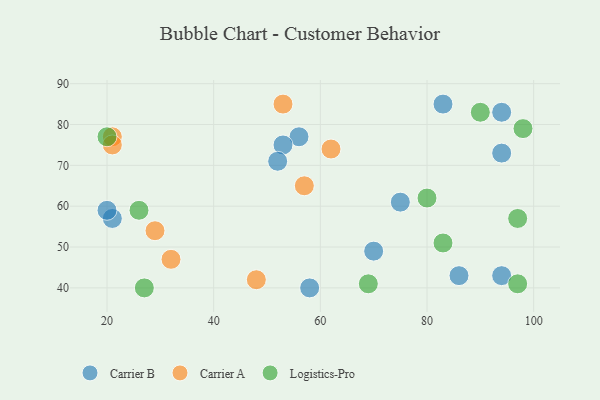
{"axis": {"x": "GDP", "y": "Life Expectancy"}, "legend": ["Carrier A", "Carrier B", "Logistics-Pro"], "data": [{"x": "58", "y": 40, "type": "Carrier B"}, {"x": "94", "y": 43, "type": "Carrier B"}, {"x": "94", "y": 73, "type": "Carrier B"}, {"x": "86", "y": 43, "type": "Carrier B"}, {"x": "94", "y": 83, "type": "Carrier B"}, {"x": "21", "y": 57, "type": "Carrier B"}, {"x": "20", "y": 59, "type": "Carrier B"}, {"x": "56", "y": 77, "type": "Carrier B"}, {"x": "83", "y": 85, "type": "Carrier B"}, {"x": "75", "y": 61, "type": "Carrier B"}, {"x": "53", "y": 75, "type": "Carrier B"}, {"x": "70", "y": 49, "type": "Carrier B"}, {"x": "52", "y": 71, "type": "Carrier B"}, {"x": "32", "y": 47, "type": "Carrier A"}, {"x": "62", "y": 74, "type": "Carrier A"}, {"x": "53", "y": 85, "type": "Carrier A"}, {"x": "21", "y": 77, "type": "Carrier A"}, {"x": "57", "y": 65, "type": "Carrier A"}, {"x": "48", "y": 42, "type": "Carrier A"}, {"x": "29", "y": 54, "type": "Carrier A"}, {"x": "21", "y": 75, "type": "Carrier A"}, {"x": "98", "y": 79, "type": "Logistics-Pro"}, {"x": "20", "y": 77, "type": "Logistics-Pro"}, {"x": "69", "y": 41, "type": "Logistics-Pro"}, {"x": "97", "y": 41, "type": "Logistics-Pro"}, {"x": "97", "y": 57, "type": "Logistics-Pro"}, {"x": "83", "y": 51, "type": "Logistics-Pro"}, {"x": "80", "y": 62, "type": "Logistics-Pro"}, {"x": "27", "y": 40, "type": "Logistics-Pro"}, {"x": "26", "y": 59, "type": "Logistics-Pro"}, {"x": "90", "y": 83, "type": "Logistics-Pro"}]}